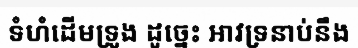
ទំហំដើមទ្រូង ដូច្នេះ អាវទ្រនាប់នឹង